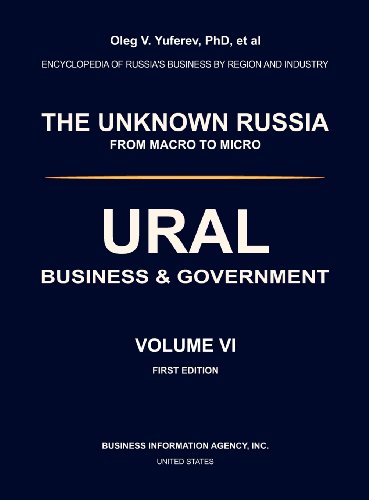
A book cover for URAL. BUSINESS & GOVERNMENT. VOLUME VI.; Oleg V Yuferev; Business & Money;